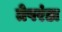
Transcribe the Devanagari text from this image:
तेपरंडा